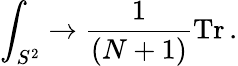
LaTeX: \int_{S^{2}}\to{\frac{1}{(N+1)}}\mathrm{Tr}\, .